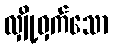
လျှို့ဝှက်သော